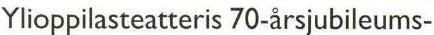
Ylioppilasteatteris 70-årsjubileums-